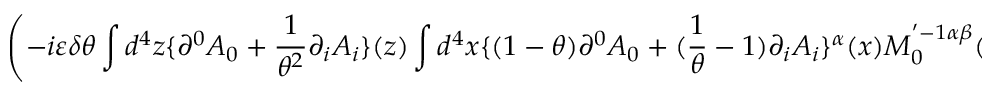
\left( - i \varepsilon \delta \theta \int d ^ { 4 } z \{ \partial ^ { 0 } A _ { 0 } + \frac { 1 } { \theta ^ { 2 } } \partial _ { i } A _ { i } \} ( z ) \int d ^ { 4 } x \{ ( 1 - \theta ) \partial ^ { 0 } A _ { 0 } + ( \frac { 1 } { \theta } - 1 ) \partial _ { i } A _ { i } \} ^ { \alpha } ( x ) M _ { 0 } ^ { ' - 1 \alpha \beta } ( x , z ; \alpha _ { 0 } ) \right)